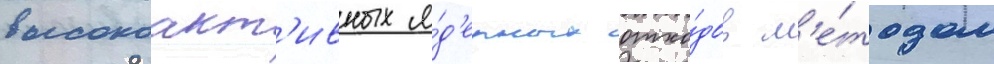
высокоакт'ивных я́д'ерных отхо́дов м'е́тодом